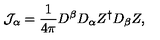
{ \cal J } _ { \alpha } = \frac { 1 } { 4 \pi } D ^ { \beta } D _ { \alpha } Z ^ { \dagger } D _ { \beta } Z ,